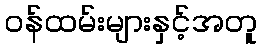
ဝန်ထမ်းများနှင့်အတူ